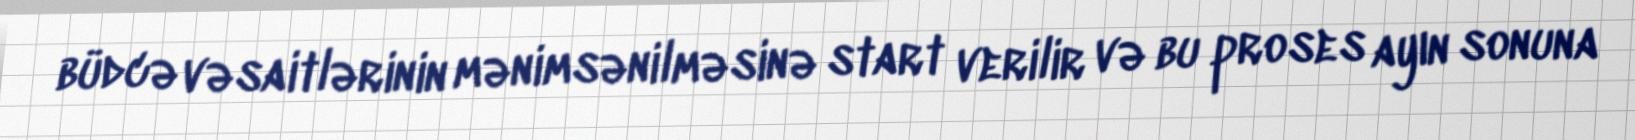
büdcə vəsaitlərinin mənimsənilməsinə start verilir və bu proses ayın sonuna